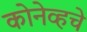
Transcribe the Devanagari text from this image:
कोनेव्हचे